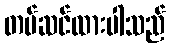
တပ်ဆင်ထားပါသည်